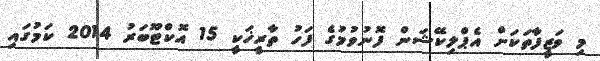
މި ވަޒީފާތަކަށް އެޕްލިކޭޝަން ފޮނުވުމުގެ ފަހު ތާރީޚަކީ 15 އޮކްޓޫބަރު 2014 ކަމުގައި